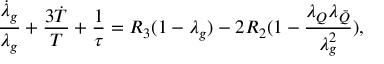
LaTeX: \frac { { \dot { \lambda } } _ { g } } { \lambda _ { g } } + \frac { { 3 \dot { T } } } { T } + \frac { 1 } { \tau } = R _ { 3 } ( 1 - \lambda _ { g } ) - 2 R _ { 2 } ( 1 - \frac { \lambda _ { Q } \lambda _ { \bar { Q } } } { \lambda _ { g } ^ { 2 } } ) ,